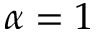
\alpha = 1